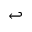
\hookleftarrow